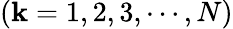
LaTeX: (\mathbf{k}=1,2,3,\cdots,N)